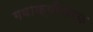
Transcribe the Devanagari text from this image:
गवाक्षीकरक